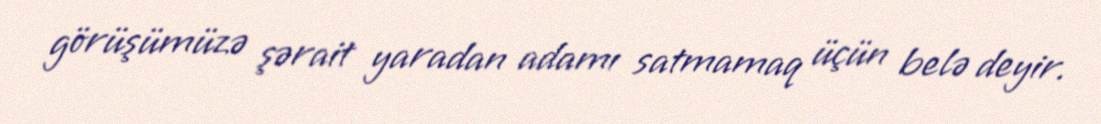
görüşümüzə şərait yaradan adamı satmamaq üçün belə deyir.